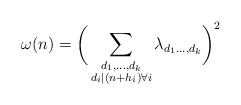
\begin{align*}\omega(n) = \bigg( \sum_{\substack{d_1, \ldots, d_k \\ d_i \mid (n + h_i) \forall i}} \lambda_{d_1 \ldots, d_k} \bigg)^2\end{align*}